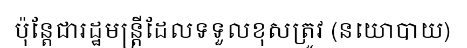
ប៉ុន្តែជារដ្ឋមន្ត្រីដែលទទួលខុសត្រូវ (នយោបាយ)